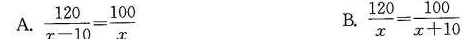
A.$$\frac{120}{x-10}= \frac{100}{x}$$ B.$$\frac{120}{x}= \frac{100}{x+10}$$